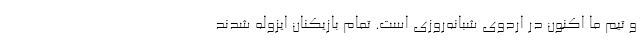
و تیم ما اکنون در اردوی شبانه‌روزی است. تمام بازیکنان ایزوله شدند